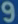
9